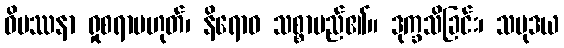
ဝိပဿနာ ရှုစရာမဟုတ်၊ နိရောဓ သစ္စာမည်၏။ ဒုက္ခသိခြင်း၊ သမုဒယ